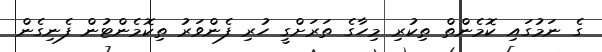
ގެ ނަމުގައި ކޮމެންތް ތިކުރި މިހާގެ ތަރަށްގީ ހުރި ފެންވަރު ތިކޮމެންޓުން ފެނިގެން